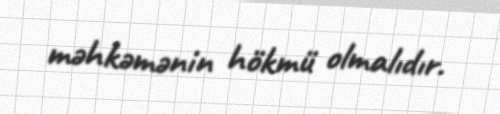
məhkəmənin hökmü olmalıdır.